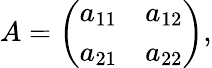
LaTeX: \begin{array}{r}{A=\left(\begin{array}{cc}{a_{11}}&{a_{12}}\\ {a_{21}}&{a_{22}}\end{array}\right),}\end{array}